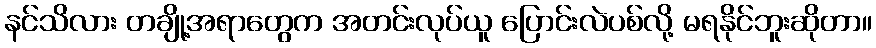
နင်သိလား တချို့အရာတွေက အတင်းလုပ်ယူ ပြောင်းလဲပစ်လို့ မရနိုင်ဘူးဆိုတာ။